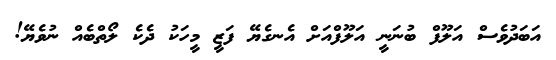
އަބަދުވެސް އަލޫފް ބުނަނީ އަލޫފްއަށް އެނގެޔޭ ފަޒީ މީހަކު ދެކެ ލޯތްބެއް ނުވެޔޭ!